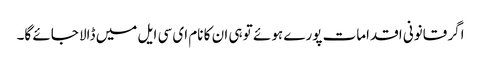
اگر قانونی اقدامات پورے ہوئے تو ہی ان کا نام ای سی ایل میں ڈالا جائے گا۔